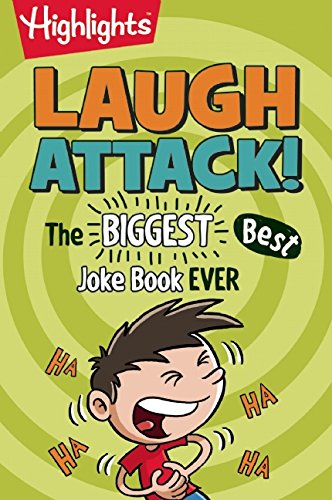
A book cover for Highlights Laugh Attack!: The Biggest, Best Joke Book Ever; Children's Books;